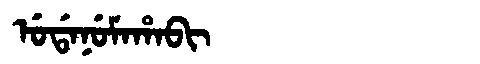
Manchu: ᡠᡩᠠᠨᡠᠮᠠᡥᠠᠪᡳ
Romanization: UDANUMAHABI